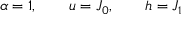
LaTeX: \alpha = 1 , \qquad u = J _ { 0 } , \qquad h = J _ { 1 }